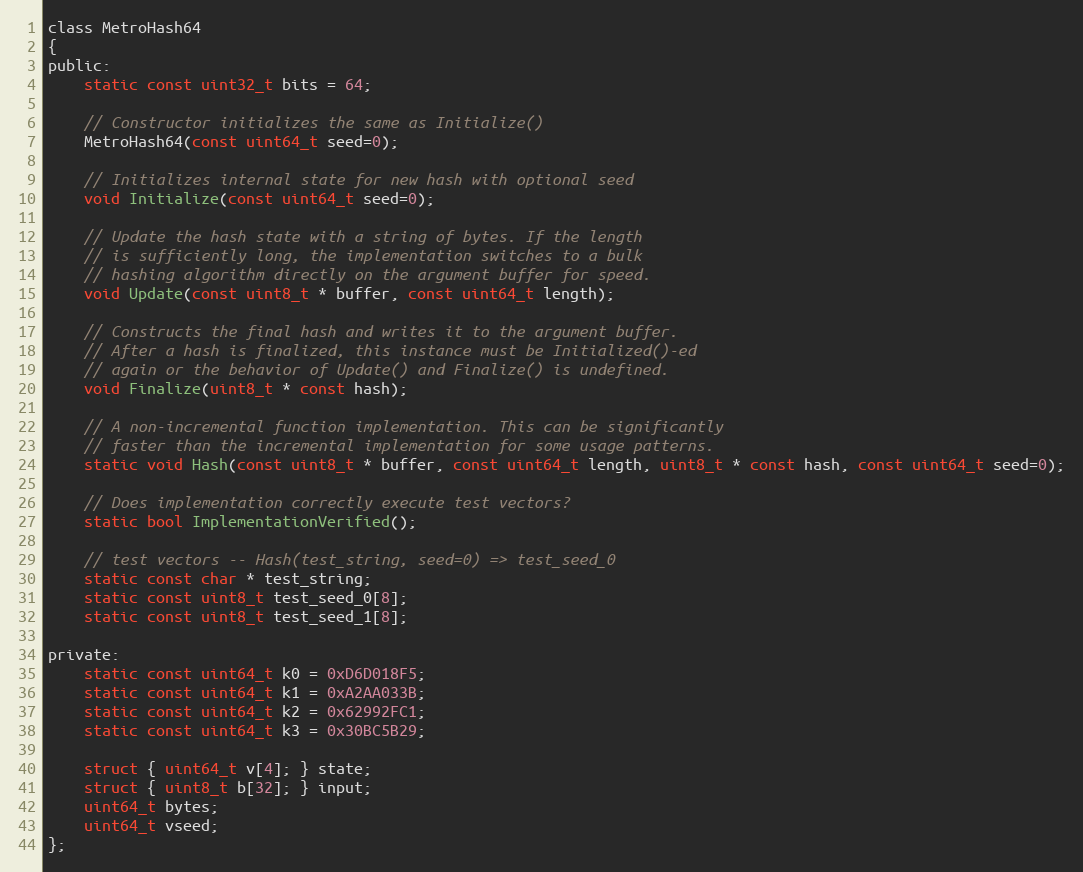
Language: C
class MetroHash64
{
public:
    static const uint32_t bits = 64;

    // Constructor initializes the same as Initialize()
    MetroHash64(const uint64_t seed=0);

    // Initializes internal state for new hash with optional seed
    void Initialize(const uint64_t seed=0);

    // Update the hash state with a string of bytes. If the length
    // is sufficiently long, the implementation switches to a bulk
    // hashing algorithm directly on the argument buffer for speed.
    void Update(const uint8_t * buffer, const uint64_t length);

    // Constructs the final hash and writes it to the argument buffer.
    // After a hash is finalized, this instance must be Initialized()-ed
    // again or the behavior of Update() and Finalize() is undefined.
    void Finalize(uint8_t * const hash);

    // A non-incremental function implementation. This can be significantly
    // faster than the incremental implementation for some usage patterns.
    static void Hash(const uint8_t * buffer, const uint64_t length, uint8_t * const hash, const uint64_t seed=0);

    // Does implementation correctly execute test vectors?
    static bool ImplementationVerified();

    // test vectors -- Hash(test_string, seed=0) => test_seed_0
    static const char * test_string;
    static const uint8_t test_seed_0[8];
    static const uint8_t test_seed_1[8];

private:
    static const uint64_t k0 = 0xD6D018F5;
    static const uint64_t k1 = 0xA2AA033B;
    static const uint64_t k2 = 0x62992FC1;
    static const uint64_t k3 = 0x30BC5B29;

    struct { uint64_t v[4]; } state;
    struct { uint8_t b[32]; } input;
    uint64_t bytes;
    uint64_t vseed;
};